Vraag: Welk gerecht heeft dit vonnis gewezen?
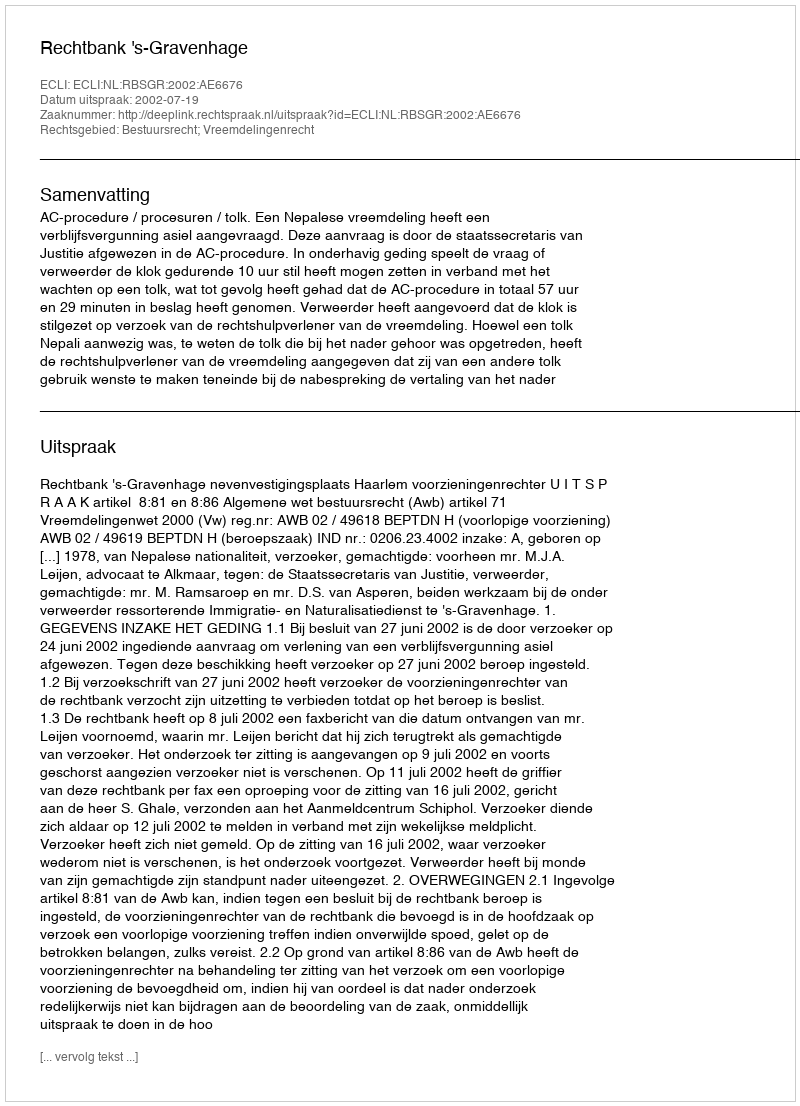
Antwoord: Rechtbank 's-Gravenhage